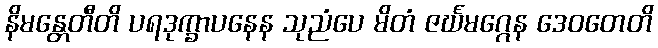
နိမန္တေတီတိ ပရဒုက္ခာပနေန သုညံပေ မိတံ ဇင်္ဃမဂ္ဂေန ဒေဝတေတိ